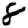
Digit: 8